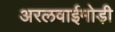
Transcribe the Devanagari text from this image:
अरलवाईमोड़ी